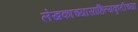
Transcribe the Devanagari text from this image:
लेखकाच्यासाहित्यकृतीच्या